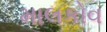
માલકોવ